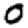
Digit: 0